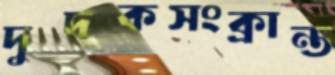
দুদকসংক্রান্ত